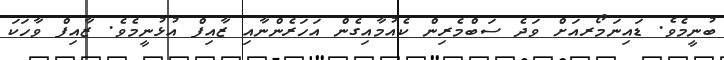
ބުނީމެވެ. ޑައިނަމޯރއަށް ވަދެ ސަބްމެރިން ކެއުމާއިގެން އަހަރެންނާއި ޒާއިފް އުޅުނީމެވެ. ޒާއިފް ވާހަކަ